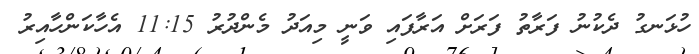
ހުޅަނގު ދެކުނު ފަރާތު ފަރަށް އަރާފައި ވަނީ މިއަދު މެންދުރު 11:15 އެހާކަންހާއިރު